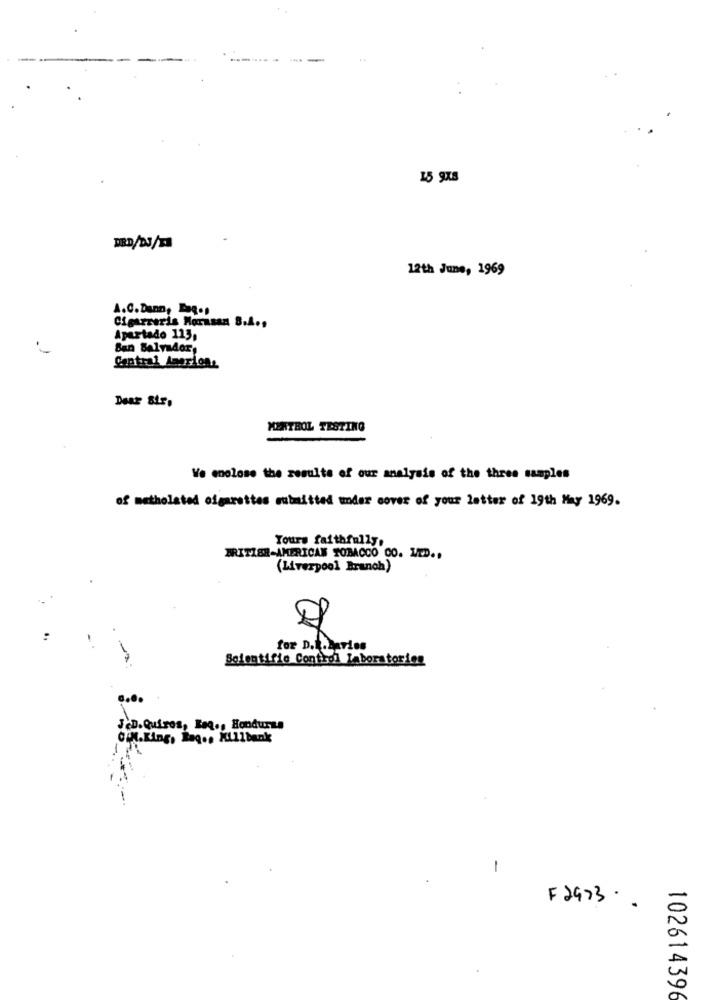
------ --
15 9x8
12th June, 1969
A.C. Dann, Pag.1
Cigarreris Horasan S.A .,
Apartado 113,
San Salvador,
Central Amprions
MENTHOL TESTING
Ve enclose the results of our analysis of the three samples
of metholated ofgarottes submitted under cover of your letter of 19th May 1969.
Yours faithfully,
BRITZER-AMERICAN TOBACCO 00. MED ..
(Liverpool Branch)
for D.L.Daries
Scientific Control laboratorien
JeD.Quiros, Beq ., Honduras
Cin.King, Rag ., Killbank
1
F2973 .
102614396